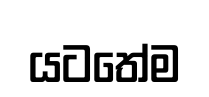
යටතේම